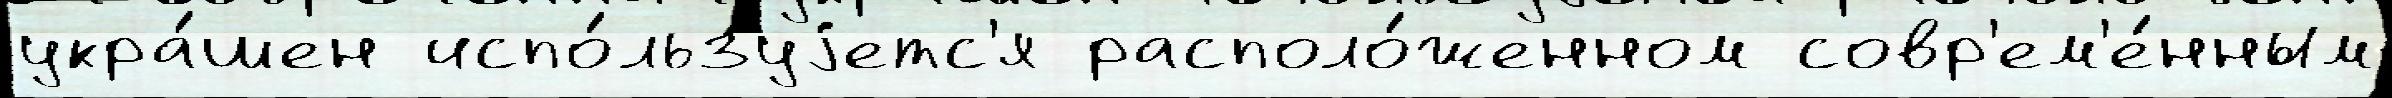
укра́шен испо́льзуjетс'я располо́женном совр'ем'е́нным